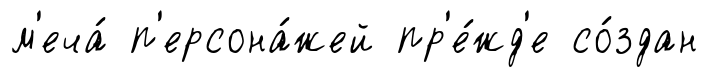
м'еча́ п'ерсона́жей пр'е́жд'е со́здан